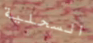
السحلية